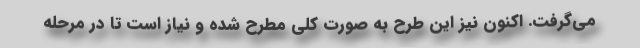
می‌گرفت. اکنون نیز این طرح به صورت کلی مطرح شده و نیاز است تا در مرحله